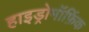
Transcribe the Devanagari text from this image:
हाइड्रोमॉर्फ़िक